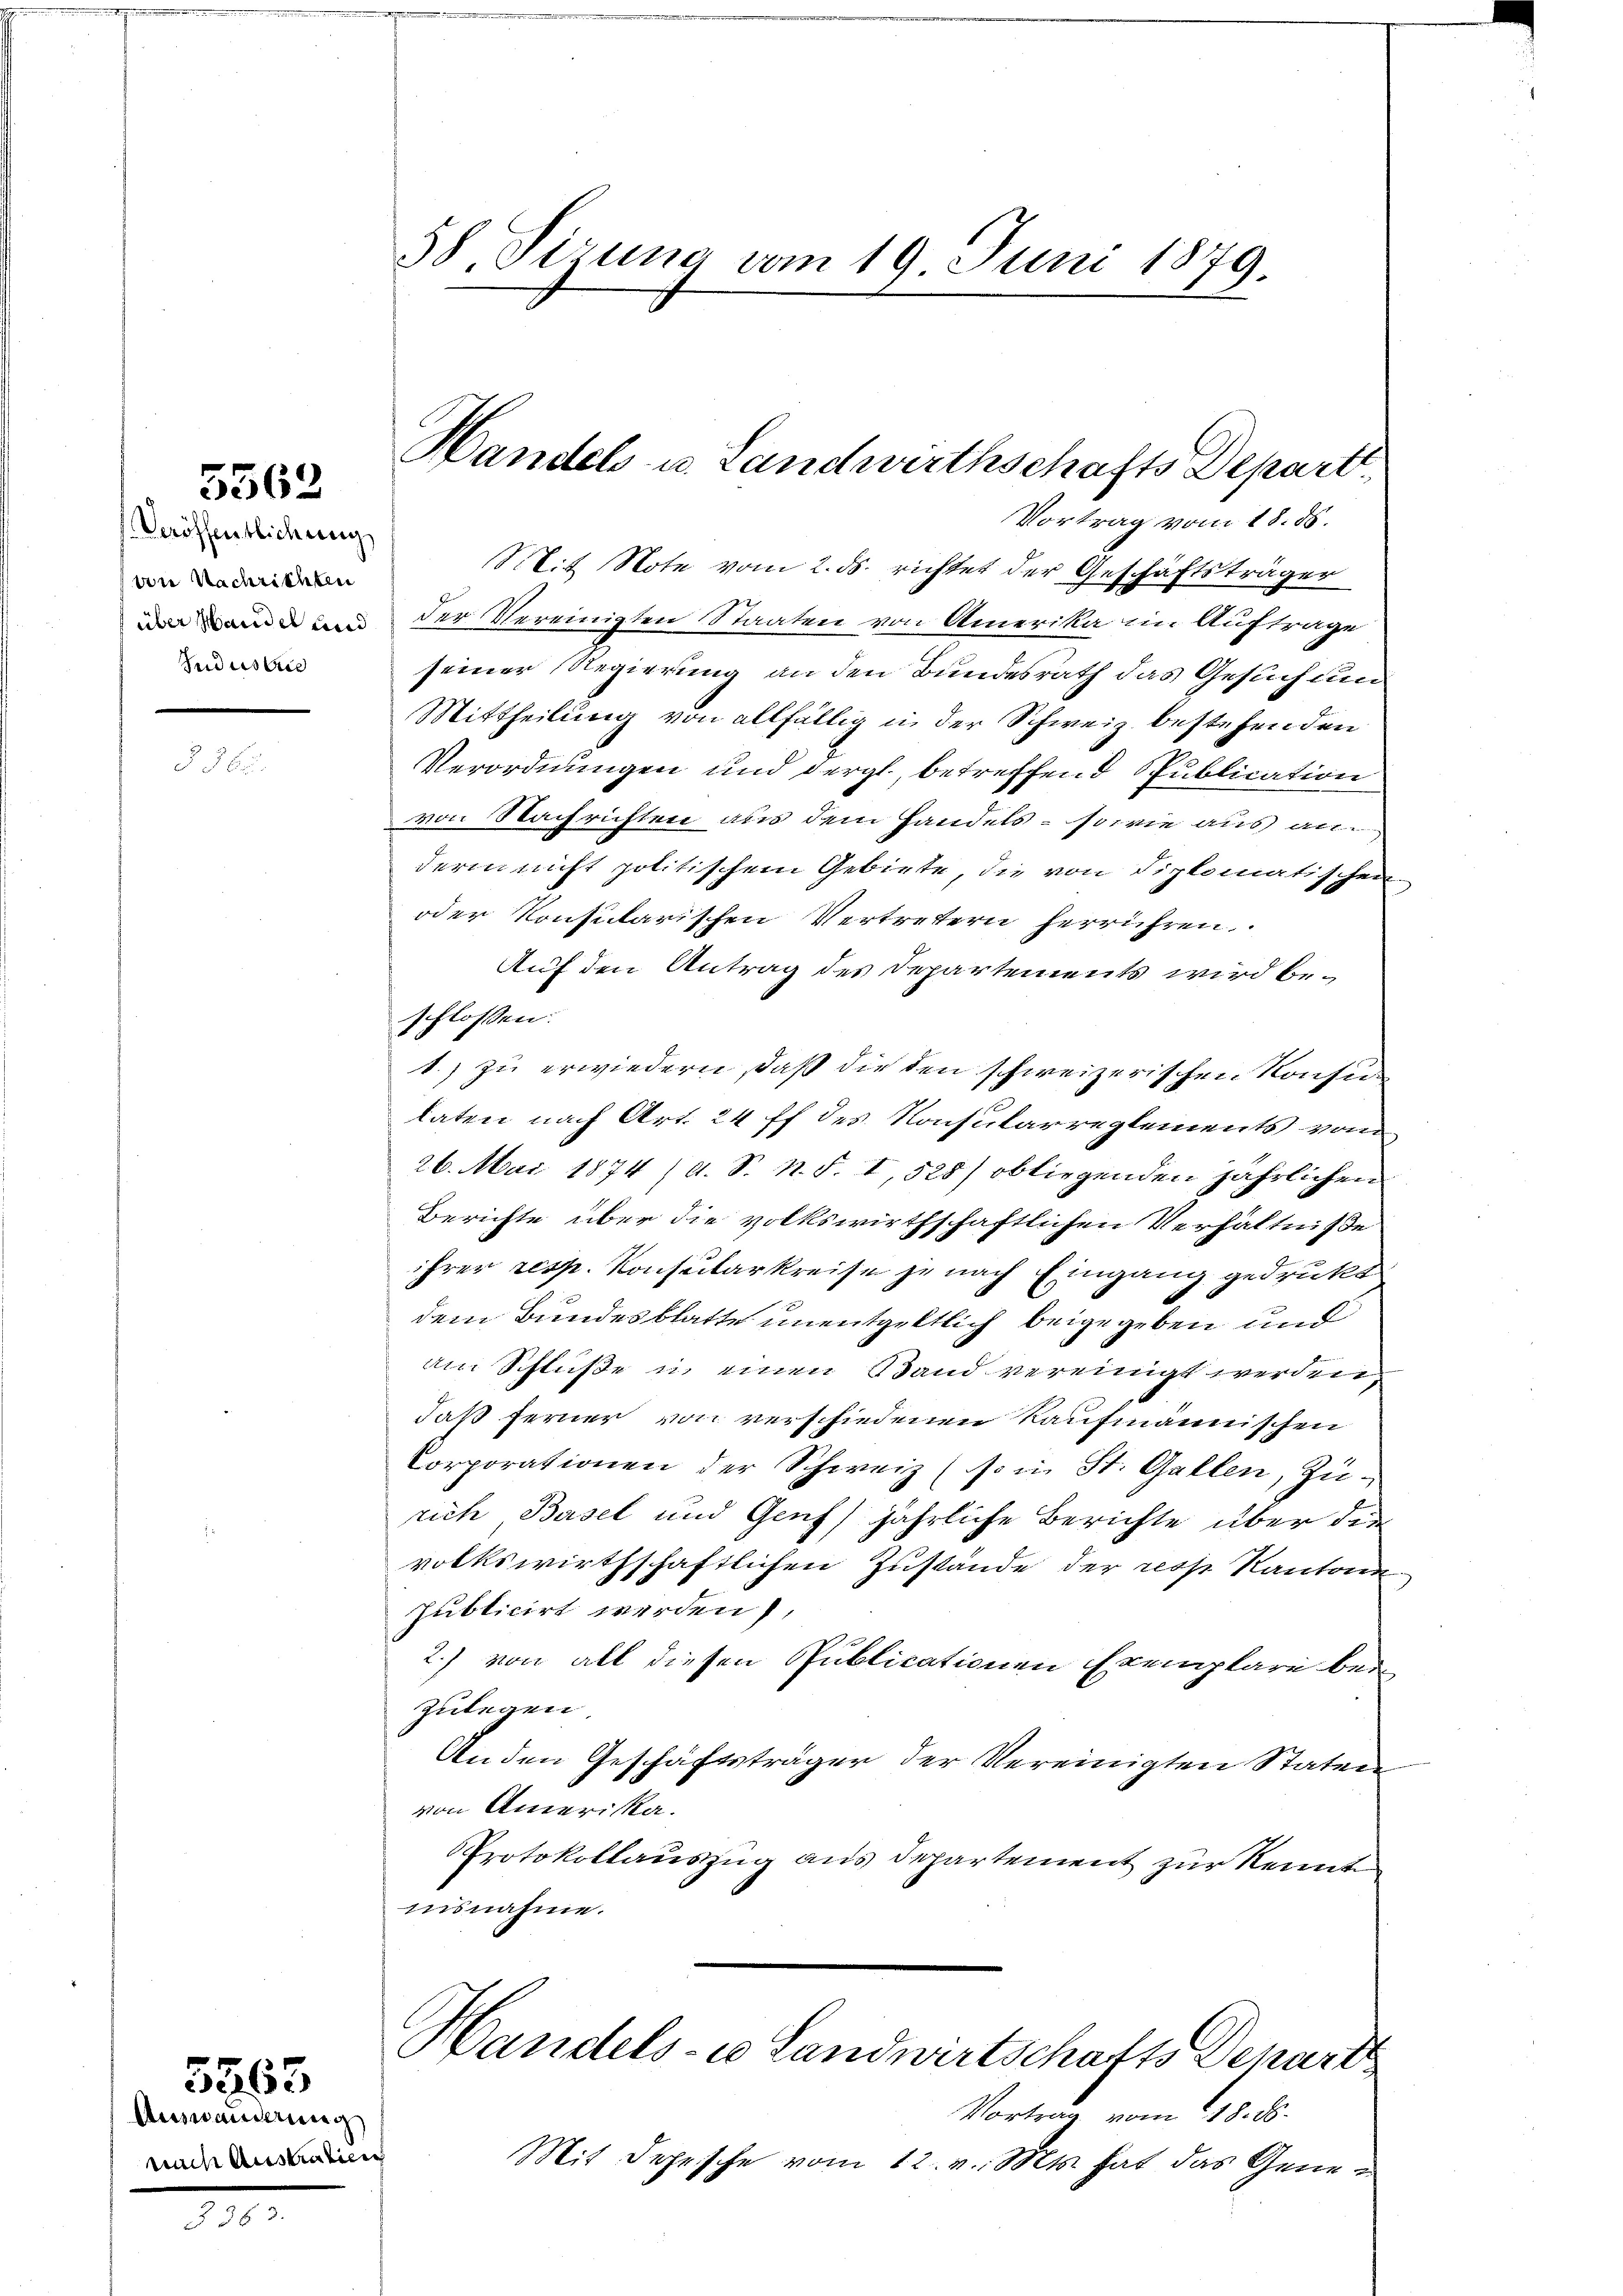
5562.

Veröffentlichung
von Nachrichten
Industrie

Auswanderung
nach Austratien

5363

58 Sirung vom 19. Juni 1879.

Vortrag vom 18. ds.
Mit Note vom 2. ds. richtet der Geschäftsträger
Da der Vereinigten Staaten von Amerika ein Auftrage
seiner Regierung an den Bundesrath das Gesuch und
Mittheilung von allfällig in der Schweiz bestehenden
Verordnungen und dergl., betreffend publication
von Nachrichten aus dem Handels- sowie aus anderin nicht politischem Gebiete, die von diplomatischen
oder Konsularischen Vertretern herrühren.
Auf den Antrag des Departements wird beschlossen:
1.) zu erwiedern, daß die den schweizerischen Konsun
laten nach Art. 24 ff des Konsularreglements vom
26. Mai 1874 (A. S. n. F. I, 528) obliegenden jährlichen
Berichte über die volkswirthschaftlichen Verhältnisse
ihrer resp. Konsularkreise je nach Eingang gedrukt
dem Bundesblatte unentgeltlich beigegeben und
am Schluße in einen Band vereinigt werden
daß ferner von verschiedenen Kaufmännischen
Corporationen der Schweiz (so in St. Gallen, Zurich Basel und Genf) jährliche Berichte über die
volkswirthschaftlichen Zustände der ress Kantone
publicirt werden),
2.) von all diesen Publicationen Exemplare bei
zulegen.
Anden Geschäftsträger der Vereinigten Staten
von Amerika.
Protokollauszug aus Departement zur Kennt
insnahme.
Handels- u Landwirtschafts Depart
Vortrag vom 18. ds.
Mit Depesche vom 12. v. Mts. hat das Gene¬

Handels- u. Landwirthschafts Depart.